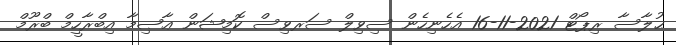
ޙުލާސާ ރިޕޯޓް 2021-11-16 އެހެނިހެން ސިވިލް ސަރވިސް ކޮމިޝަން ޢާޞިމާ އިބްރާހީމް ބްރޫމް